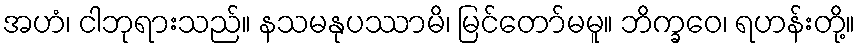
အဟံ၊ ငါဘုရားသည်။ နသမနုပဿာမိ၊ မြင်တော်မမူ။ ဘိက္ခဝေ၊ ရဟန်းတို့။